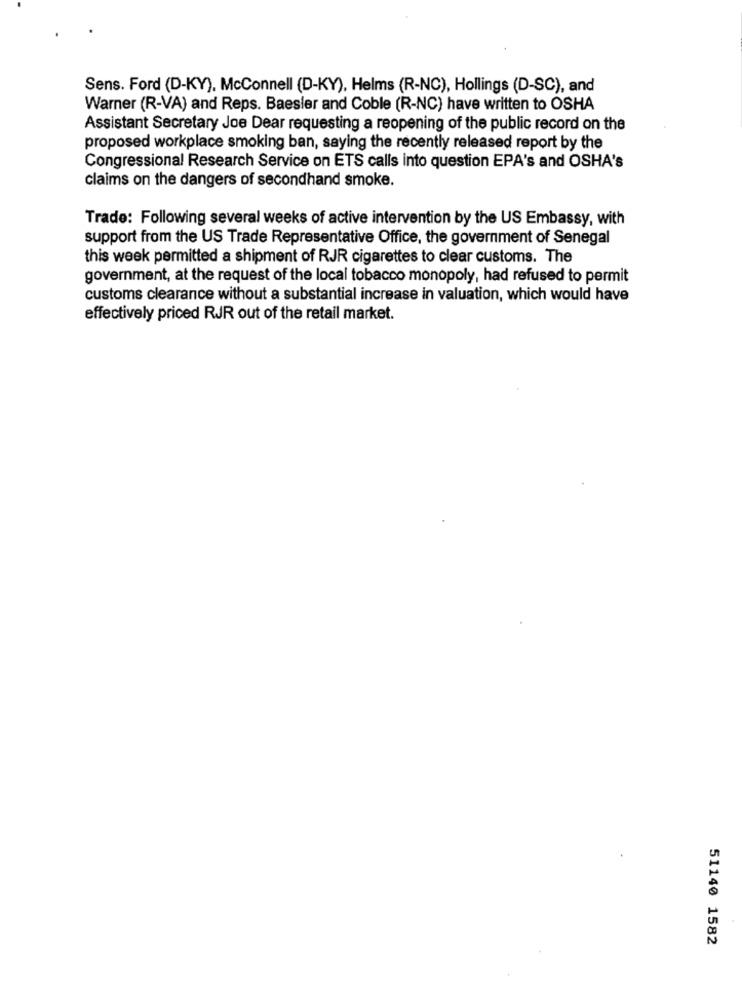
Sens. Ford (D-KY), McConnell (D-KY), Helms (R-NC), Hollings (D-SC), and
Warner (R-VA) and Reps. Baesler and Coble (R-NC) have written to OSHA
Assistant Secretary Joe Dear requesting a reopening of the public record on the
proposed workplace smoking ban, saying the recently released report by the
Congressional Research Service on ETS calls into question EPA's and OSHA's
claims on the dangers of secondhand smoke.
Trade: Following several weeks of active intervention by the US Embassy, with
support from the US Trade Representative Office, the government of Senegal
this week permitted a shipment of RJR cigarettes to clear customs. The
government, at the request of the local tobacco monopoly, had refused to permit
customs clearance without a substantial increase in valuation, which would have
effectively priced RJR out of the retail market.
51140 1582